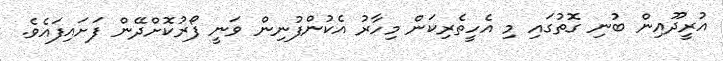
އުރީދޫއިން ބުނި ގޮތުގައި މި އެހީތެރިކަން މިހާރު އެކުންފުނިން ވަނީ ފޯރުކޮށްދޭން ފަށައިފައެވެ.